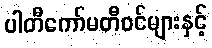
ပါတီကော်မတီဝင်များနှင့်